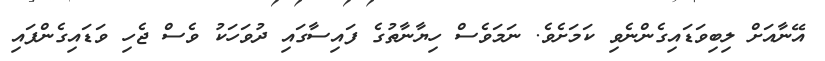
އޭނާއަށް ލިބިވަޑައިގެންނެވި ކަމަށެވެ. ނަމަވެސް ހިޔާނާތުގެ ފައިސާގައި ދުވަހަކު ވެސް ޖެހި ވަޑައިގެންފައި